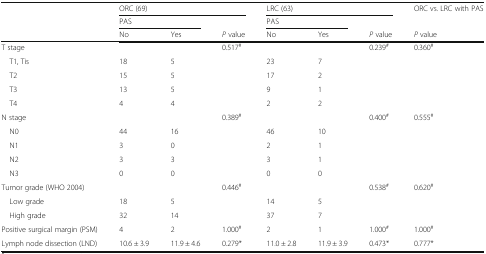
<table><thead><tr><td rowspan="3"></td><td colspan="3"><b>ORC (69)</b></td><td colspan="3"><b>LRC (63)</b></td><td><b>ORC vs. LRC with PAS</b></td></tr><tr><td colspan="2"><b>PAS</b></td><td></td><td colspan="2"><b>PAS</b></td><td></td><td></td></tr><tr><td><b>No</b></td><td><b>Yes</b></td><td><b><i>P</i> value</b></td><td><b>No</b></td><td><b>Yes</b></td><td><b><i>P</i> value</b></td><td><b><i>P</i> value</b></td></tr></thead><tbody><tr><td>T stage</td><td></td><td></td><td>0.517<sup>#</sup></td><td></td><td></td><td>0.239<sup>#</sup></td><td>0.360<sup>#</sup></td></tr><tr><td> T1, Tis</td><td>18</td><td>5</td><td></td><td>23</td><td>7</td><td></td><td></td></tr><tr><td> T2</td><td>15</td><td>5</td><td></td><td>17</td><td>2</td><td></td><td></td></tr><tr><td> T3</td><td>13</td><td>5</td><td></td><td>9</td><td>1</td><td></td><td></td></tr><tr><td> T4</td><td>4</td><td>4</td><td></td><td>2</td><td>2</td><td></td><td></td></tr><tr><td>N stage</td><td></td><td></td><td>0.389<sup>#</sup></td><td></td><td></td><td>0.400<sup>#</sup></td><td>0.555<sup>#</sup></td></tr><tr><td> N0</td><td>44</td><td>16</td><td></td><td>46</td><td>10</td><td></td><td></td></tr><tr><td> N1</td><td>3</td><td>0</td><td></td><td>2</td><td>1</td><td></td><td></td></tr><tr><td> N2</td><td>3</td><td>3</td><td></td><td>3</td><td>1</td><td></td><td></td></tr><tr><td> N3</td><td>0</td><td>0</td><td></td><td>0</td><td>0</td><td></td><td></td></tr><tr><td>Tumor grade (WHO 2004)</td><td></td><td></td><td>0.446<sup>#</sup></td><td></td><td></td><td>0.538<sup>#</sup></td><td>0.620<sup>#</sup></td></tr><tr><td> Low grade</td><td>18</td><td>5</td><td></td><td>14</td><td>5</td><td></td><td></td></tr><tr><td> High grade</td><td>32</td><td>14</td><td></td><td>37</td><td>7</td><td></td><td></td></tr><tr><td>Positive surgical margin (PSM)</td><td>4</td><td>2</td><td>1.000<sup>#</sup></td><td>2</td><td>1</td><td>1.000<sup>#</sup></td><td>1.000<sup>#</sup></td></tr><tr><td>Lymph node dissection (LND)</td><td>10.6 ± 3.9</td><td>11.9 ± 4.6</td><td>0.279*</td><td>11.0 ± 2.8</td><td>11.9 ± 3.9</td><td>0.473*</td><td>0.777*</td></tr></tbody></table>